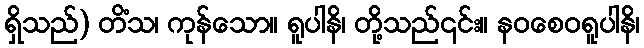
ရှိသည်) တိံသ၊ ကုန်သော။ ရူပါနိ၊ တို့သည်၎င်း။ နဝစေဝရူပါနိ၊